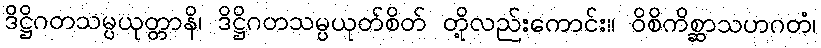
ဒိဋ္ဌိဂတသမ္ပယုတ္တာနိ၊ ဒိဋ္ဌိဂတသမ္ပယုတ်စိတ် တို့လည်းကောင်း။ ဝိစိကိစ္ဆာသဟဂတံ၊